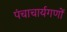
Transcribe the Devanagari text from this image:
पंचाचार्यगणों